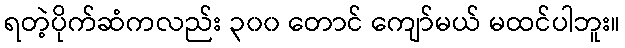
ရတဲ့ပိုက်ဆံကလည်း ၃၀၀ တောင် ကျော်မယ် မထင်ပါဘူး။